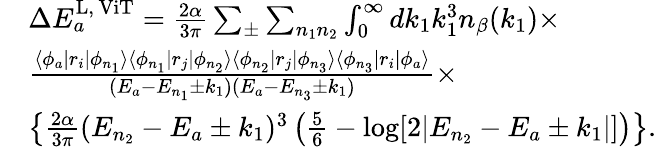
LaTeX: \begin{array}{rl}&{\Delta E_{a}^{\mathrm{L,\, ViT}}=\frac{2\alpha}{3\pi}\sum_{\pm}\sum_{n_{1}n_{2}}\int_{0}^{\infty}dk_{1}k_{1}^{3}n_{\beta}(k_{1})\times}\\ &{\frac{\langle\phi_{a}|r_{i}|\phi_{n_{1}}\rangle\langle\phi_{n_{1}}|r_{j}|\phi_{n_{2}}\rangle\langle\phi_{n_{2}}|r_{j}|\phi_{n_{3}}\rangle\langle\phi_{n_{3}}|r_{i}|\phi_{a}\rangle}{(E_{a}-E_{n_{1}}\pm k_{1})(E_{a}-E_{n_{3}}\pm k_{1})}\times}\\ &{\left\lbrace\frac{2\alpha}{3\pi}(E_{n_{2}}-E_{a}\pm k_{1})^{3}\left(\frac{5}{6}-\log[2|E_{n_{2}}-E_{a}\pm k_{1}|]\right)\right\rbrace.}\end{array}